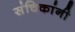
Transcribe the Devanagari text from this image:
संचिकांनी